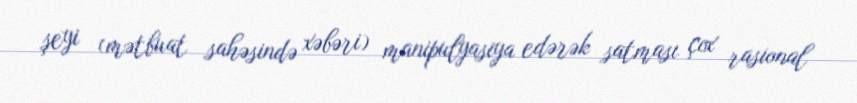
şeyi (mətbuat sahəsində xəbəri) manipulyasiya edərək satması çox rasional